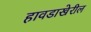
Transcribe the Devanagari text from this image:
हावडाखेरील